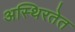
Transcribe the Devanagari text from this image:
अस्थिरतेत